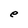
Character: e